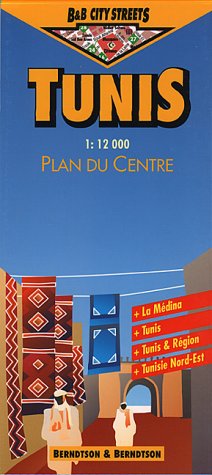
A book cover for Tunis (Tunisia) 1:12,000 Street Map, Laminated, B&B (City Streets); Berndtson; Travel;